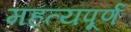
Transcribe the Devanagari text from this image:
महत्यपूर्ण